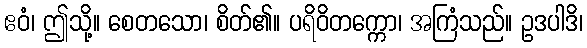
ဧဝံ၊ ဤသို့။ စေတသော၊ စိတ်၏။ ပရိဝိတက္ကော၊ အကြံသည်။ ဥဒပါဒိ၊